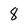
Character: 8